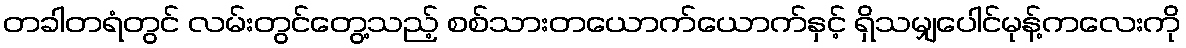
တခါတရံတွင် လမ်းတွင်တွေ့သည့် စစ်သားတယောက်ယောက်နှင့် ရှိသမျှပေါင်မုန့်ကလေးကို